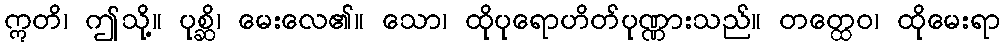
ဣတိ၊ ဤသို့။ ပုစ္ဆိ၊ မေးလေ၏။ သော၊ ထိုပုရောဟိတ်ပုဏ္ဏားသည်။ တတ္ထေဝ၊ ထိုမေးရာ